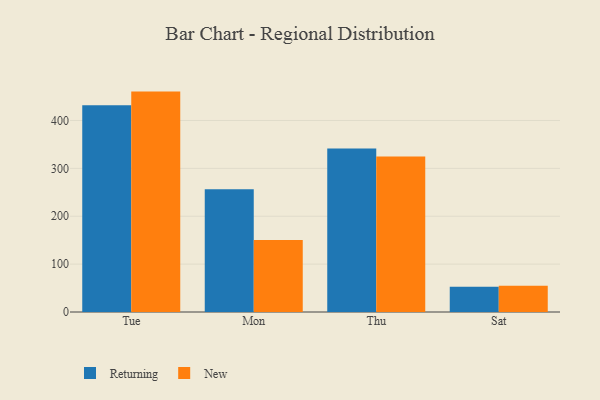
{"axis": {"x": "Day", "y": "Inventory Turnover"}, "legend": ["New", "Returning"], "data": [{"x": "Tue", "y": 432.0, "type": "Returning"}, {"x": "Tue", "y": 460.3, "type": "New"}, {"x": "Mon", "y": 256.2, "type": "Returning"}, {"x": "Mon", "y": 150.5, "type": "New"}, {"x": "Thu", "y": 341.4, "type": "Returning"}, {"x": "Thu", "y": 324.8, "type": "New"}, {"x": "Sat", "y": 52.7, "type": "Returning"}, {"x": "Sat", "y": 54.8, "type": "New"}]}